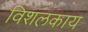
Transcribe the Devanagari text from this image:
विशलकाय